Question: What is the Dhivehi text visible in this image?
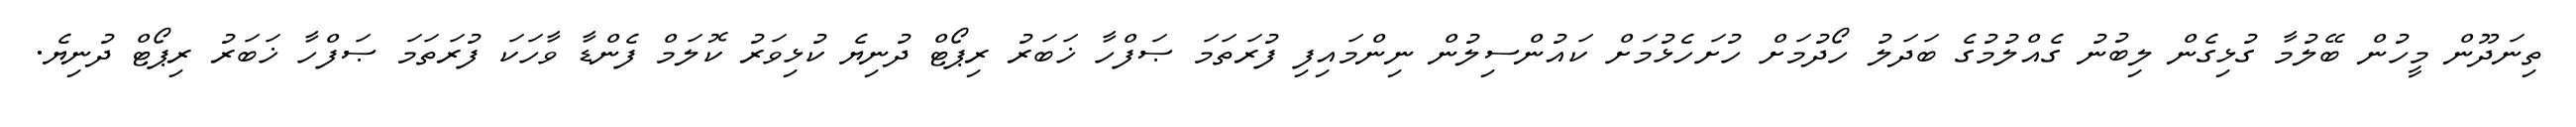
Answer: ތިނަދޫން މީހުން ބޭލުމާ ގުޅިގެން ލިބުނު ގެއްލުމުގެ ބަދަލު ހޯދުމަށް ހުށަހެޅުމަށް ކައުންސިލުން ނިންމައިފި ފުރަތަމަ ޞަފްހާ ޚަބަރު ރިޕޯޓް ދުނިޔެ ކުޅިވަރު ކޮލަމް ފެންޑާ ވާހަކަ ފުރަތަމަ ޞަފްހާ ޚަބަރު ރިޕޯޓް ދުނިޔެ.